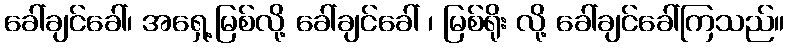
ခေါ်ချင်ခေါ်၊ အရှေ့မြစ်လို့ ခေါ်ချင်ခေါ် ၊ မြစ်ရိုး လို့ ခေါ်ချင်ခေါ်ကြသည်။